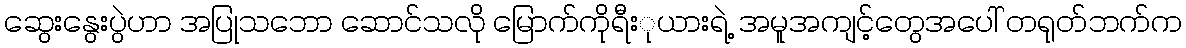
ဆွေးနွေးပွဲဟာ အပြုသဘော ဆောင်သလို မြောက်ကိုရီးုယားရဲ့ အမူအကျင့်တွေအပေါ် တရုတ်ဘက်က